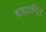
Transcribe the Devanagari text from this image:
ब्रह्मासि।